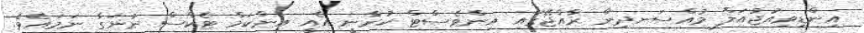
އިންޑިވިއުޖުއަލް މުއްސަނދިން ރާއްޖޭގައި އިންވެސްޓް ކުރާނީ އެއީ އިންކަމް ޓެކްސް ނުނަގާ ނަމައެވެ.